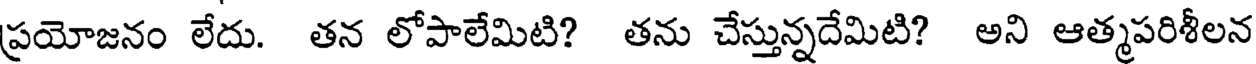
ప్రయోజనం లేదు. తన లోపాలేమిటి? తను చేస్తున్నదేమిటి? అని ఆత్మపరిశీలన